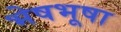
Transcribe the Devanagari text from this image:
भेषभूषा